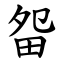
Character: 㽜